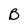
Character: B